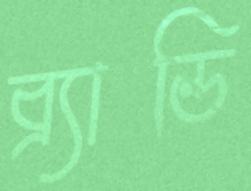
ব্র্যান্ডি